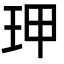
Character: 玾